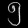
Digit: ၅